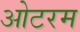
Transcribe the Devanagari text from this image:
ओटरम